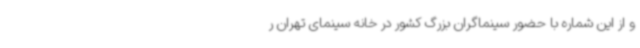
و از این شماره با حضور سینماگران بزرگ کشور در خانه سینمای تهران ر